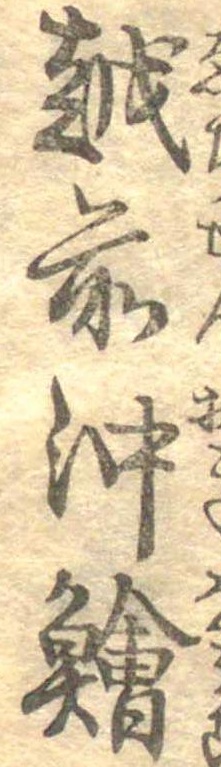
越前沖鱠